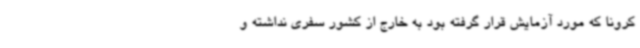
کرونا که مورد آزمایش قرار گرفته بود به خارج از کشور سفری نداشته و